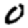
Digit: 0